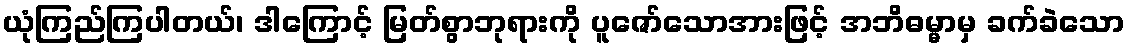
ယုံကြည်ကြပါတယ်၊ ဒါကြောင့် မြတ်စွာဘုရားကို ပူဇော်သောအားဖြင့် အဘိဓမ္မာမှ ခက်ခဲသော